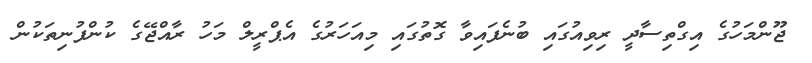
ޖޫންމަހުގެ އިގްތިސާދީ ރިވިއުގައި ބުނެފައިވާ ގޮތުގައި މިއަހަރުގެ އެޕްރީލް މަހު ރާއްޖޭގެ ކުންފުނިތަކުން